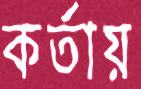
কর্তায়